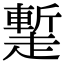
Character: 䟅